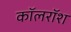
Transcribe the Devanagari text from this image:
कॉलरॉश